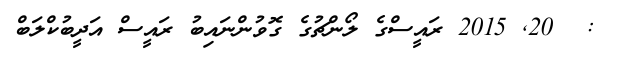
:  20